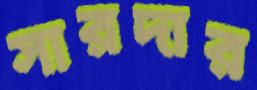
সারদার